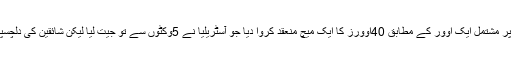
منتظمین نے شائقین کی بیزاری کو مد ِنظر رکھتے ہوئے 8گیندوں پر مشتمل ایک اَوور کے مطابق 40اوورز کا ایک میچ منعقد کروا دیا جو آسٹریلیا نے 5وکٹوں سے تو جیت لیا لیکن شائقین کی دِلچسپی نے اُس مقابلے کرکٹ کی تاریخ کا پہلا وَن ڈے کا اعزازدلوا دیا ۔